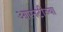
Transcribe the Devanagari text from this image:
आएनटीच्या